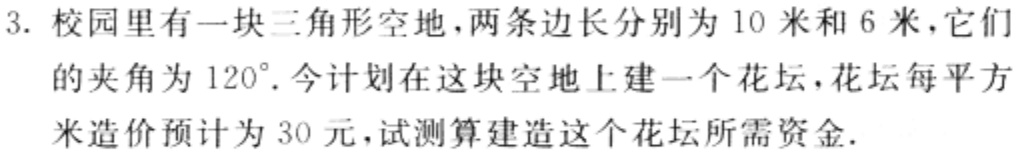
3. 校园里有一块三角形空地,两条边长分别为 10 米和 6 米,它们

的夹角为$120^{\circ}$.今计划在这块空地上建一个花坛,花坛每平方

米造价预计为 30 元,试测算建造这个花坛所需资金.